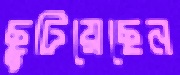
ছুটিয়েছেন